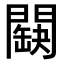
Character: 𨶏